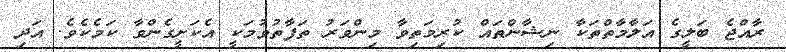
ރާއްޖެ ބަލީގެ އަލާމާތްތަކާ ނިޝާންތައް ކުރިމަތިވާ މިންވަރު ތަފާތުވުމަކީ އެކަށީގެންވާ ކަމެކެވެ. އަދި